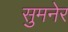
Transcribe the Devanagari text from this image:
सुमनेर